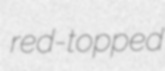
red-topped